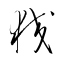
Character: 狡